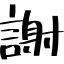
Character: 謝